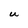
Character: U